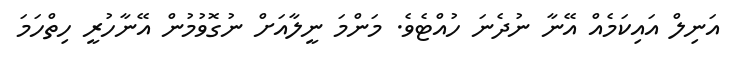
އަނިލް އައިކަމެއް އޭނާ ނުދެނަ ހުއްޓެވެ. މަންމަ ނީލާއަށް ނުގޮވުމުން އޭނާހުރީ ހިތްހަމަ